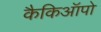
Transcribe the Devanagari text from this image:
कैकिऑपो